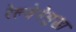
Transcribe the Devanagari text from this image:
रेल्वेनेसुद्धा